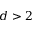
d > 2